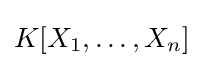
K[X_{1},\ldots ,X_{n}]